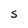
Character: S